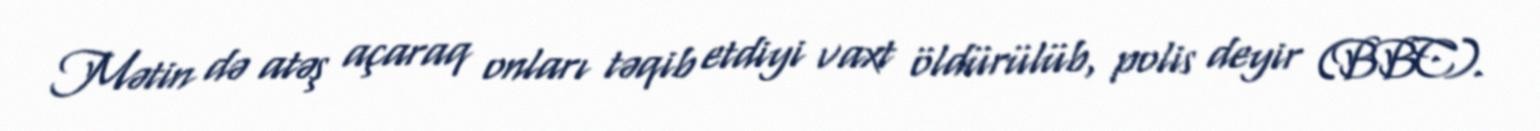
Mətin də atəş açaraq onları təqib etdiyi vaxt öldürülüb, polis deyir (BBC).